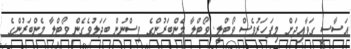
އަސާސީ ގަވާއިދަށް މިފަހަރުވެސް ވޯޓްލީ. ވޯޓްލާ މެންބަރުންގެ ވިސްނުން ބަދަލުވެގެން ވޯޓްލާ މެންބަރުންގެ